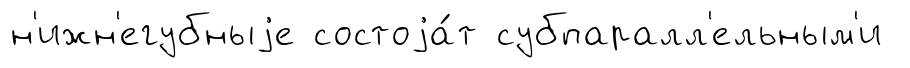
н'ижн'егубныjе состоjа́т субпаралл'ельным'и